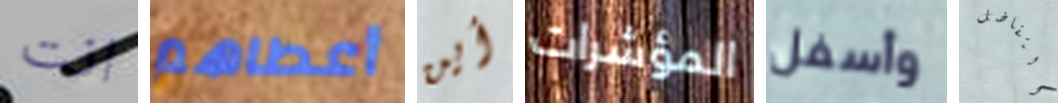
انت أعطاهم أين المؤشرات وأسفل التفاضل